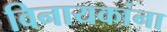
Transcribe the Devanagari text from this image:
विनायकांना